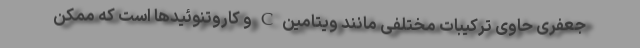
جعفری حاوی ترکیبات مختلفی مانند ویتامین C و کاروتنوئیدها است که ممکن